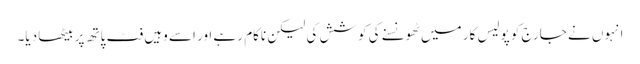
انہوں نے جارج کو پولیس کار میں ٹھونسنے کی کوشش کی لیکن ناکام رہے اور اسے وہیں فٹ پاتھ پر بیٹھا دیا۔